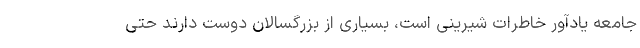
جامعه یادآور خاطرات شیرینی است، بسیاری از بزرگسالان دوست دارند حتی